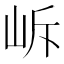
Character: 𡶜